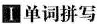
Ⅰ单词拼写